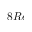
8 R e